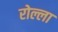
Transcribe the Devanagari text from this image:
रोल्ला